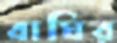
বাঘির